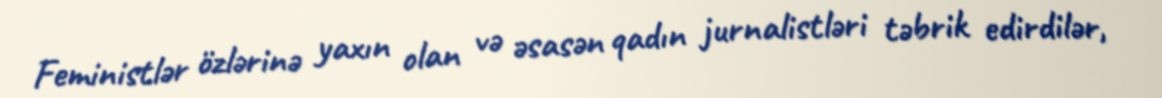
Feministlər özlərinə yaxın olan və əsasən qadın jurnalistləri təbrik edirdilər,